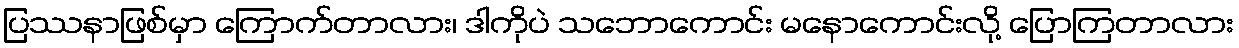
ပြဿနာဖြစ်မှာ ကြောက်တာလား၊ ဒါကိုပဲ သဘောကောင်း မနောကောင်းလို့ ပြောကြတာလား